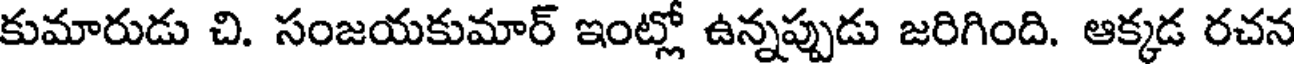
కుమారుడు చి. సంజయకుమార్ ఇంట్లో ఉన్నప్పుడు జరిగింది. ఆక్కడ రచన